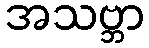
အသဗ္ဘာ